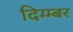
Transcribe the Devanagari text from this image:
दिग्म्बर